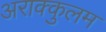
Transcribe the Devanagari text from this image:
अराक्कुलम